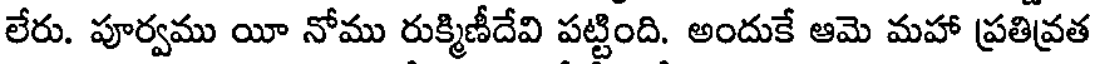
లేరు. పూర్వము యీ నోము రుక్మిణీదేవి పట్టింది. అందుకే ఆమె మహా ప్రతివ్రత